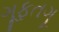
ગૂફતગૂ